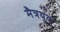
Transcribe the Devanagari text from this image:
मैत्रयुव